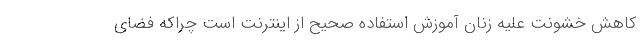
کاهش خشونت علیه زنان آموزش استفاده صحیح از اینترنت است چراکه فضای